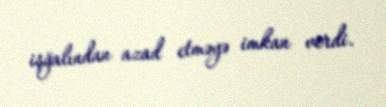
işğalından azad etməyə imkan verdi.